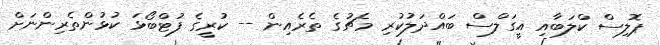
ޕޮލިސް ކްލަބާއި އީގަލްސް ބައްދަލުކުރި މެޗުގެ ތެރެއިން -- ކުރީގެ ފުޓްބޯޅަ ކުޅުންތެރިންނަށް